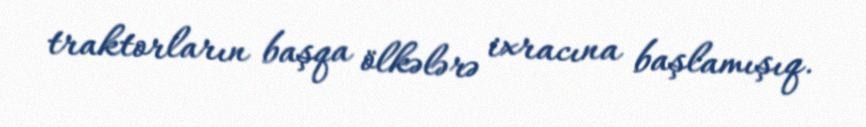
traktorların başqa ölkələrə ixracına başlamışıq.